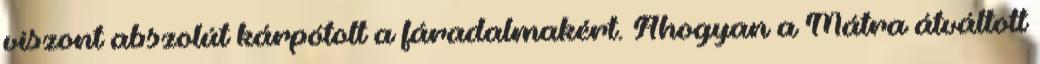
viszont abszolút kárpótolt a fáradalmakért. Ahogyan a Mátra átváltott